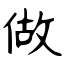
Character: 做